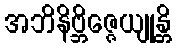
အဘိနိဗ္ဘိဇ္ဇေယျုန္တိ